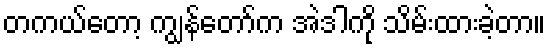
တကယ်တော့ ကျွန်တော်က အဲဒါကို သိမ်းထားခဲ့တာ။